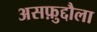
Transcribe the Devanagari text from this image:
असफ़ुद्दौला